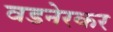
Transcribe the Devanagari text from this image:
वडनेरकर